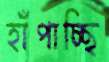
হাঁপাচ্ছি